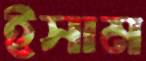
ইসাম